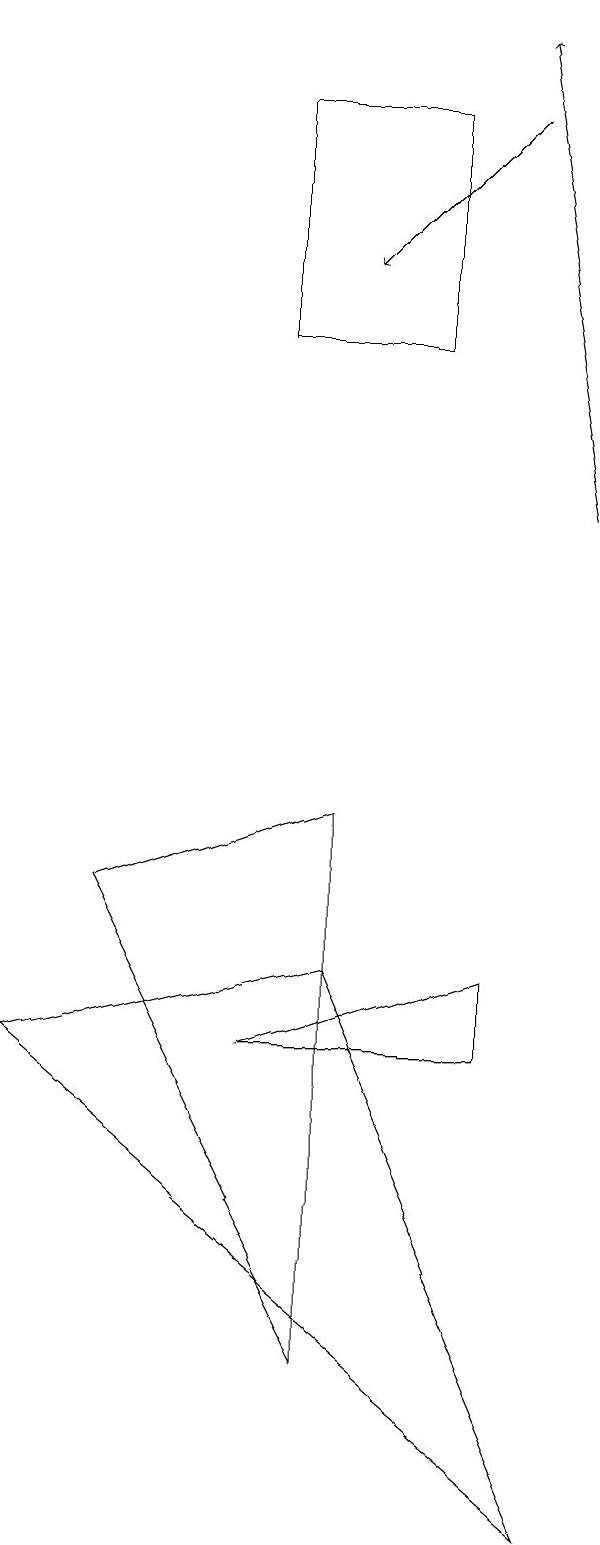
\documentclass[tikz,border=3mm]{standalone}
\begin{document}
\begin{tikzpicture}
\draw[->] (8,13) -- (7,19);
\draw (7,6) -- (7,7) -- (4,6) -- cycle;
\draw[->] (7,18) -- (5,16);
\draw (2,8) -- (5,9) -- (5,2) -- cycle;
\draw (1,6) -- (5,7) -- (8,0) -- cycle;
\draw (6,15) rectangle (4,18);
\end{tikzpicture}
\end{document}